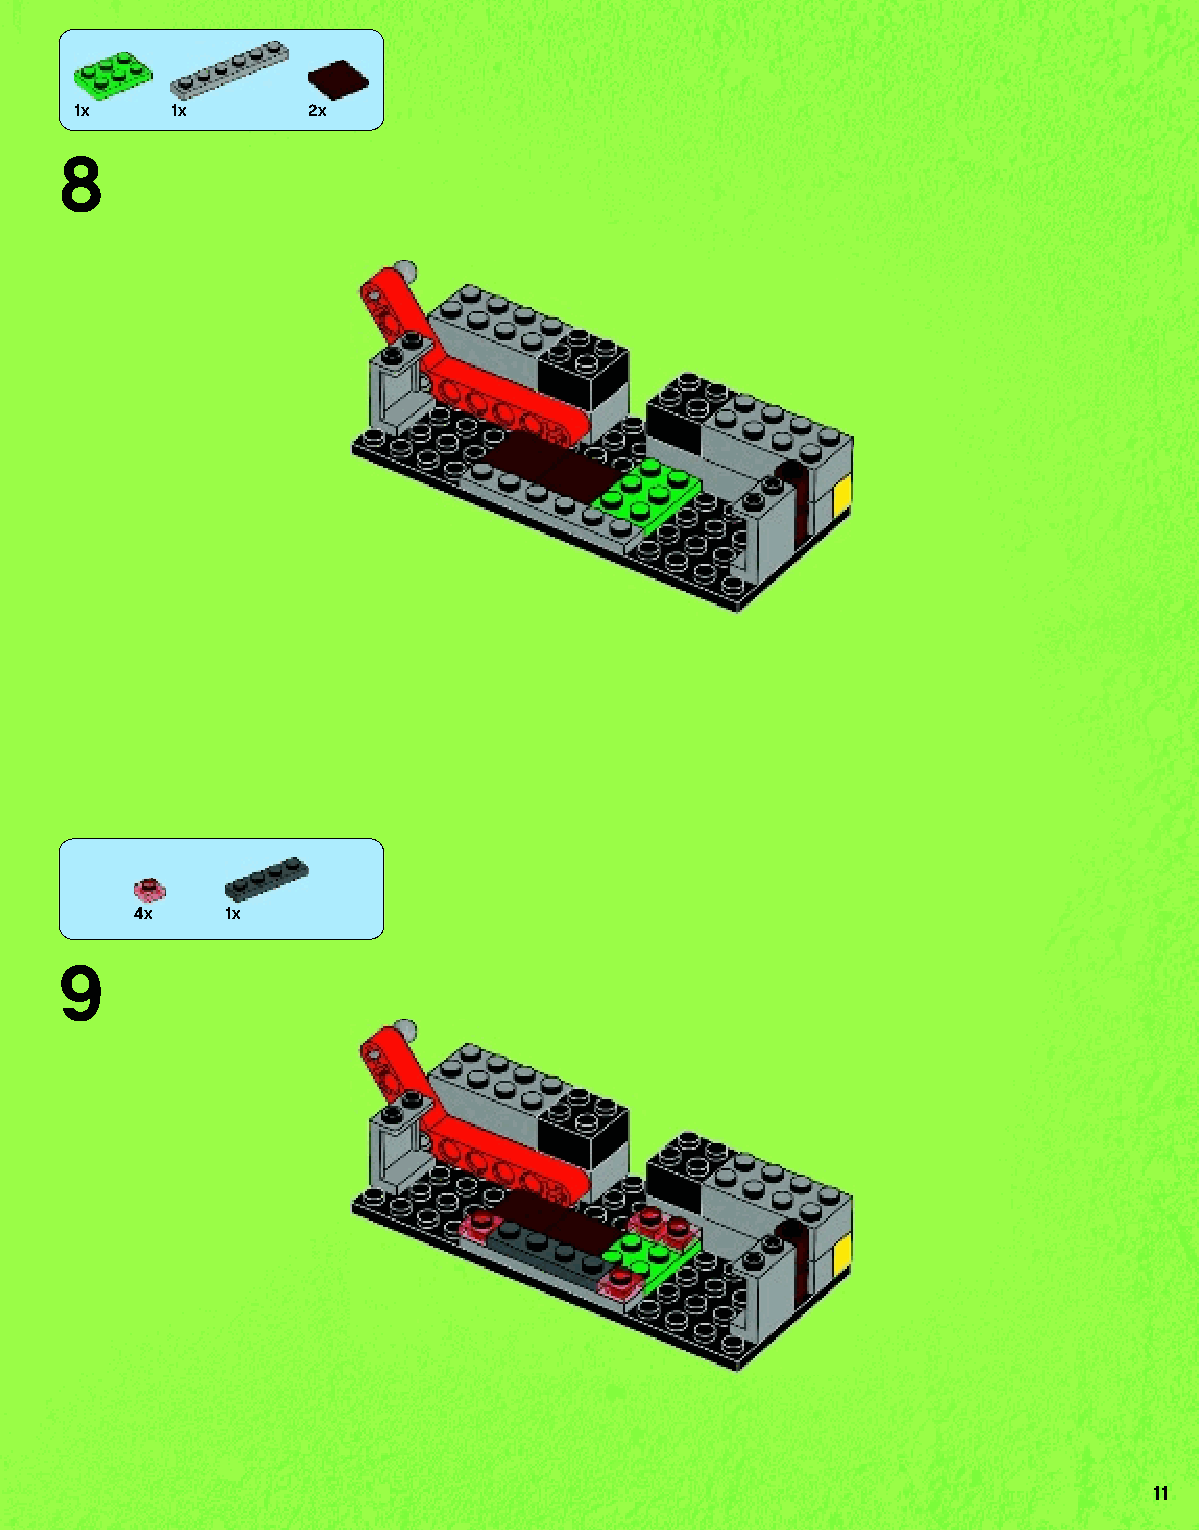
1x    1x        2x
 8
 4x    1x
 9
 11
 79117_Book1.indd 11                                               01/11/2013 4:32 PM